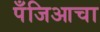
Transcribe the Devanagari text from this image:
पँजिआचा